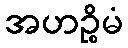
အဟဉ္စိမံ